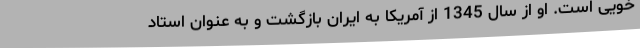
خویی است. او از سال 1345 از آمریکا به ایران بازگشت و به عنوان استاد